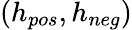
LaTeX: (h_{pos},h_{neg})